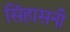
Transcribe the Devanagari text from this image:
सिंहासनी